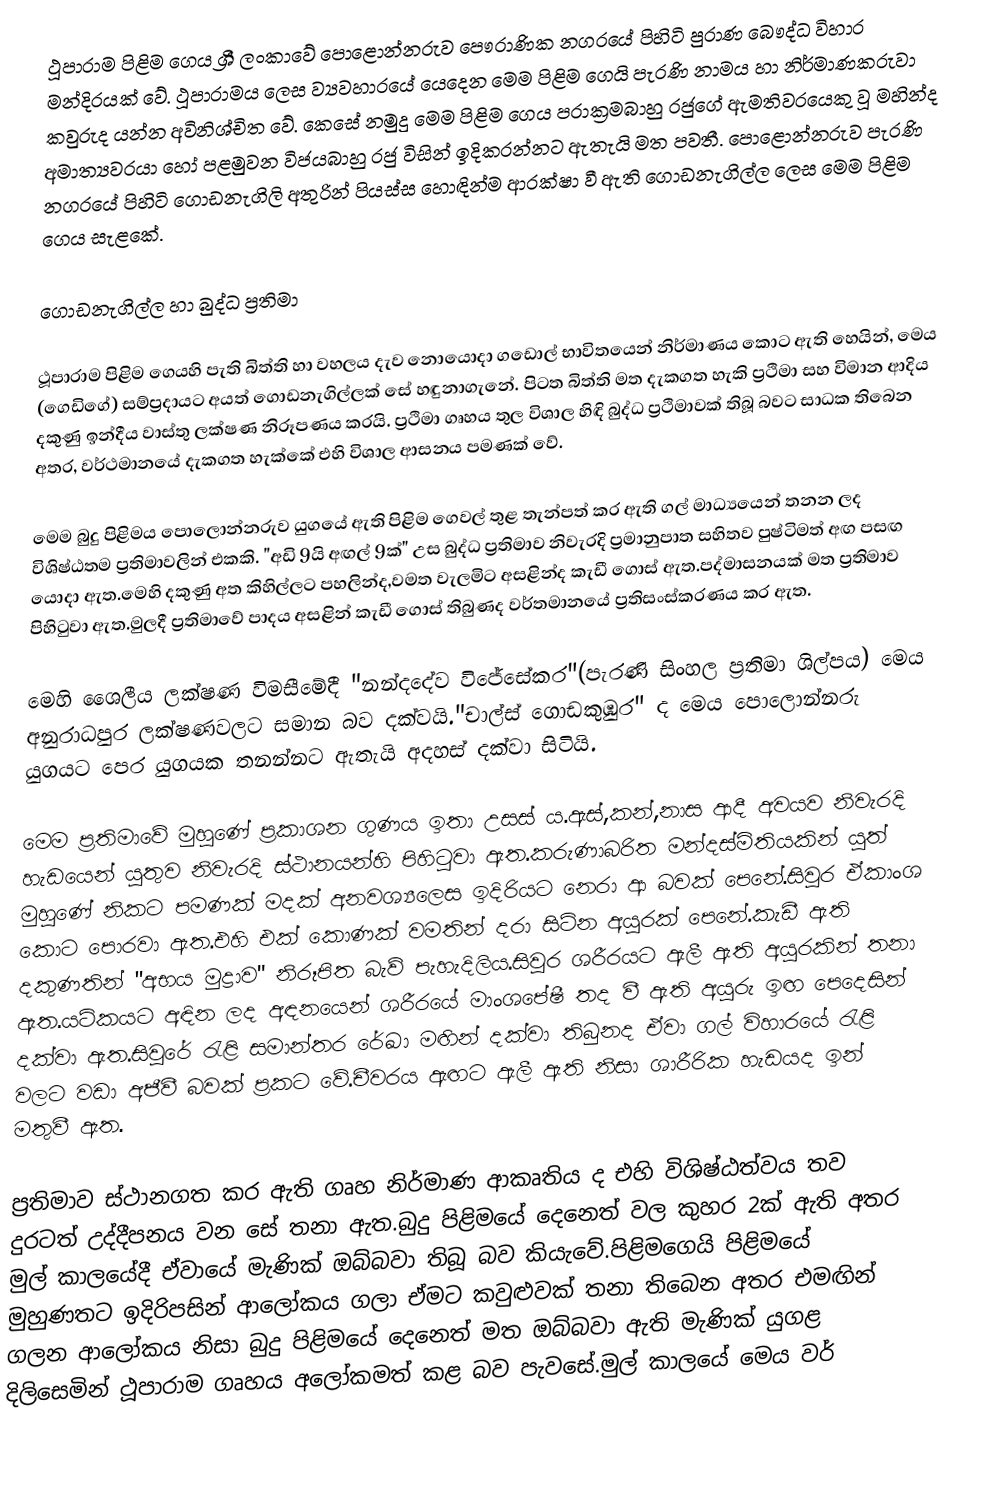
ථූපාරාම පිළිම ගෙය ශ්‍රී ලංකාවේ පොළොන්නරුව පෞරාණික නගරයේ පිහිටි පුරාණ බෞද්ධ විහාර මන්දිරයක් වේ. ථූපාරාමය ලෙස ව්‍යවහාරයේ යෙදෙන මෙම පිළිම ගෙයි පැරණි නාමය හා නිර්මාණකරුවා කවුරුද යන්න අවිනිශ්චිත වේ. කෙසේ නමුදු මෙම පිළිම ගෙය පරාක්‍රමබාහු රජුගේ ඇමතිවරයෙකු වූ මහින්ද අමාත්‍යවරයා හෝ පළමුවන විජයබාහු රජු විසින් ඉදිකරන්නට ඇතැයි මත පවතී. පොළොන්නරුව පැරණි නගරයේ පිහිටි ගොඩනැගිලි අතුරින් පියස්ස හොඳින්ම ආරක්ෂා වී ඇති ගොඩනැගිල්ල ලෙස මෙම පිළිම ගෙය සැළකේ.

ගොඩනැගිල්ල හා බුද්ධ ප්‍රතිමා

ථූපාරාම පිළිම ගෙයහි පැති බිත්ති හා වහලය දැව නොයොදා ගඩොල් භාවිතයෙන් නිර්මාණය කොට ඇති හෙයින්, මෙය (ගෙඩිගේ) සම්ප්‍රදායට අයත් ගොඩනැගිල්ලක් සේ හඳුනාගැනේ. පිටත බිත්ති මත දැකගත හැකි ප්‍රථිමා සහ විමාන ආදිය දකුණු ඉන්දීය වාස්තු ලක්ෂණ නිරූපණය කරයි. ප්‍රථිමා ගෘහය තුල විශාල හිඳි බුද්ධ ප්‍රථිමාවක් තිබූ බවට සාධක තිබෙන අතර, වර්ථමානයේ දැකගත හැක්කේ එහි විශාල ආසනය පමණක් වේ.

මෙම බුදු පිළිමය පොලොන්නරුව යුගයේ ඇති පිළිම ගෙවල් තුළ තැන්පත් කර ඇති ගල් මාධ්‍යයෙන් තනන ලද විශිෂ්ඨතම ප්‍රතිමාවලින් එකකි. "අඩි 9යි අඟල් 9ක්" උස බුද්ධ ප්‍රතිමාව නිවැරදි  ප්‍රමානුපාත සහිතව පුෂ්ටිමත් අඟ පසඟ යොදා ඇත.මෙහි දකුණු අත කිහිල්ලට පහලින්ද,වමත වැලමිට අසළින්ද කැඩී ගොස් ඇත.පද්මාසනයක් මත ප්‍රතිමාව පිහි‍ටුවා ඇත.මුලදී ප්‍රතිමාවේ පාදය අසළින් කැඩී ගොස් තිබුණද වර්තමානයේ ප්‍රතිසංස්කරණය කර ඇත.

මෙහි ශෛලීය ලක්ෂණ විමසීමේදී "නන්දදේව විජේසේකර"(පැරණි සිංහල ප්‍රතිමා ශිල්පය) මෙය අනුරාධපුර ලක්ෂණවලට සමාන බව දක්වයි."චාල්ස් ගොඩකුඹුර" ද මෙය පොලොන්නරු යුගයට පෙර යුගයක තනන්නට ඇතැයි අදහස් දක්වා සිටියි.

මෙම ප්‍රතිමාවේ මුහුණේ ප්‍රකාශන ගුණය ඉතා උසස් ය.ඇස්,කන්,නාස ආදී අවයව නිවැරදි හැඩයෙන් යුතුව නිවැරදි ස්ථානයන්හි පිහි‍ටුවා ඇත.කරුණාබරිත මන්දස්මිතියකින් යුත් මුහුණේ නිකට පමණක් මදක් අනවශ්‍යලෙස ඉදිරියට නෙරා ආ බවක් පෙනේ.සිවුර ඒකාංශ කොට පොරවා ඇත.එහි එක් කොණක් වමතින් දරා සිටින අයුරක් පෙනේ.කැඩී ඇති දකුණතින් "අභය මුද්‍රාව" නිරූපිත බැව් පැහැදිලිය.සිවුර ශරීරයට ඇලී ඇති අයුරකින් තනා ඇත.යටිකයට අඳින ලද අඳනයෙන් ශරීරයේ මාංශපේෂී තද වී ඇති අයුරු ඉඟ පෙදෙසින් දක්වා ඇත.සිවුරේ ‍රැළි සමාන්තර රේඛා මඟින්  දක්වා තිබුනද ඒවා ගල් විහාරයේ ‍රැළි වලට වඩා අජීවී බවක් ප්‍රකට වේ.චීවරය ඇඟට ඇලී ඇති නිසා ශාරීරික හැඩයද ඉන් මතුවී ඇත.

ප්‍රතිමාව ස්ථානගත කර ඇති ගෘහ නිර්මාණ ආකෘතිය ද එහි විශිෂ්ඨත්වය තව දුරටත් උද්දීපනය වන සේ තනා ඇත.බුදු පිළිමයේ දෙනෙත් වල කුහර 2ක් ඇති අතර මුල් කාලයේදී ඒවායේ මැණික් ඔබ්බවා තිබූ බව කියැවේ.පිළිමගෙයි පිළිමයේ මුහුණතට ඉදිරිපසින් ආලෝකය ගලා ඒමට කවුළුවක් තනා තිබෙන අතර එමඟින් ගලන ආලෝකය නිසා බුදු පිළිමයේ දෙනෙත් මත ඔබ්බවා ඇති මැණික් යුගළ දිලිසෙමින් ථූපාරාම ගෘහය අලෝකමත් කළ බව පැවසේ.මුල් කාලයේ මෙය වර්